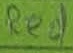
Text: Red